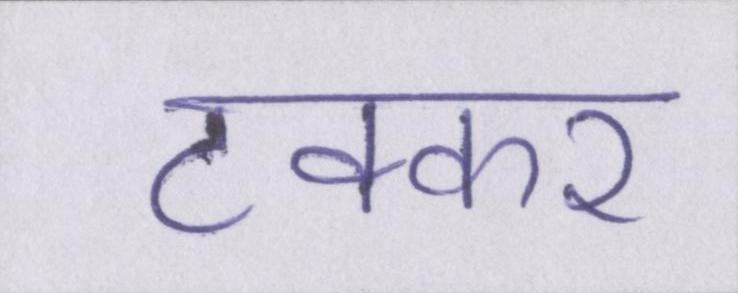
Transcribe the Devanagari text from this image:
टक्कर